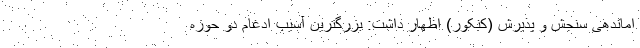
اماندهی سنجش و پذیرش (کنکور) اظهار داشت: بزرگترین آسیب ادغام دو حوزه